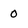
Character: 0